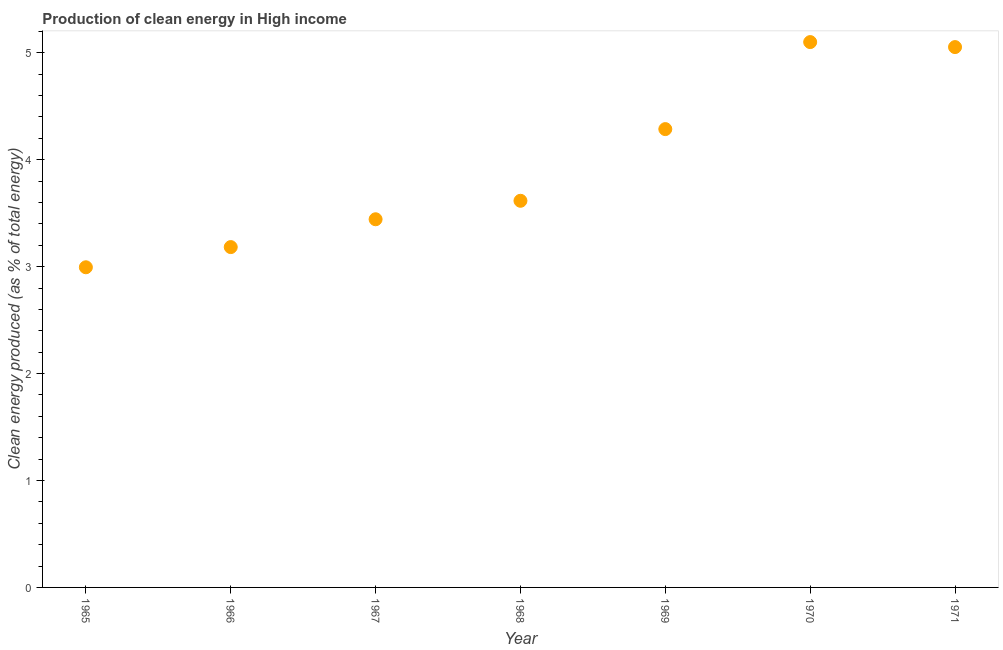
| Year | Alternative and nuclear energy |
 | --- | --- |
 | 1965 | 2.99 |
 | 1966 | 3.18 |
 | 1967 | 3.44 |
 | 1968 | 3.62 |
 | 1969 | 4.29 |
 | 1970 | 5.1 |
 | 1971 | 5.05 |